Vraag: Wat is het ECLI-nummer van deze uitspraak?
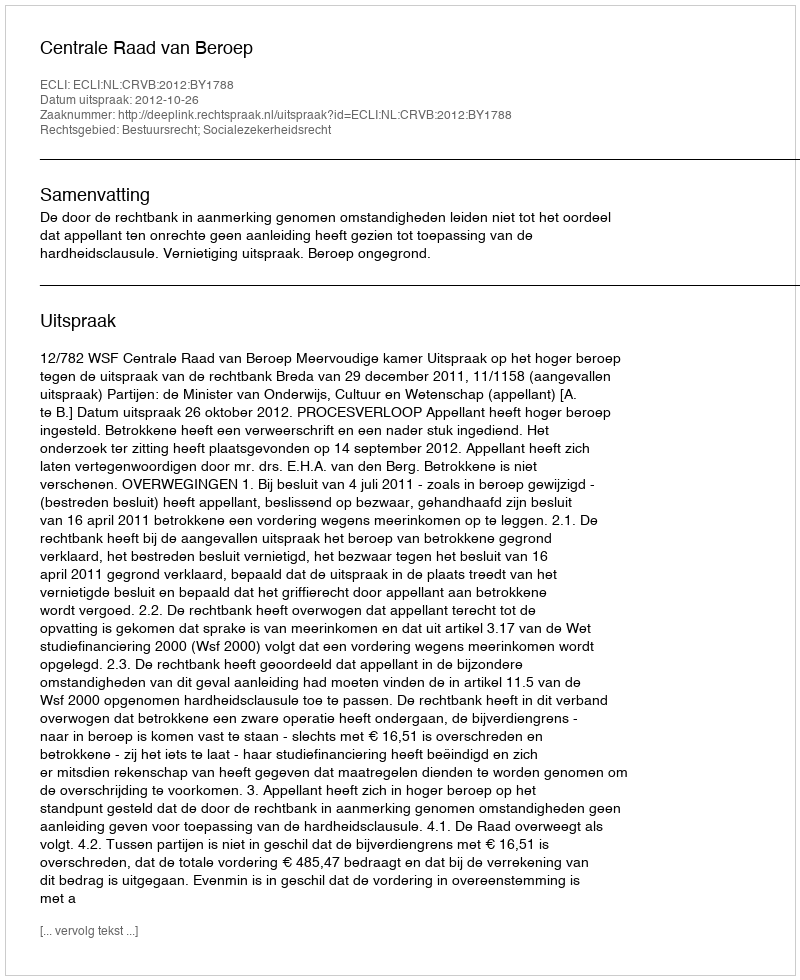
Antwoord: ECLI:NL:CRVB:2012:BY1788